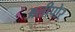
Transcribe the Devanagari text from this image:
अलीपोर